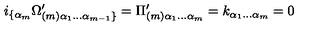
i _ { \{ \alpha _ { m } } \Omega _ { ( m ) \alpha _ { 1 } \dots \alpha _ { m - 1 } \} } ^ { \prime } = \Pi _ { ( m ) \alpha _ { 1 } \dots \alpha _ { m } } ^ { \prime } = k _ { \alpha _ { 1 } \dots \alpha _ { m } } = 0